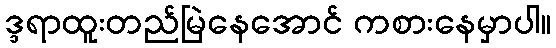
ဒ္ဒရာထူးတည်မြဲနေအောင် ကစားနေမှာပါ။